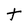
Character: t